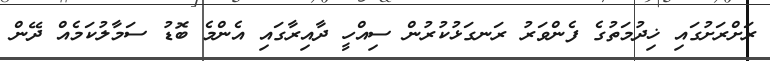
ރަށްރަށުގައި ޚިދުމަތުގެ ފެންވަރު ރަނގަޅުކުރުން ސިއްހީ ދާއިރާގައި އެންމެ ބޮޑު ސަމާލުކަމެއް ދޭން